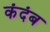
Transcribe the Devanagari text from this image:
कंदंब